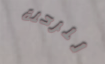
للرحلة